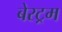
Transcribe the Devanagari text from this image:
बेरट्रम